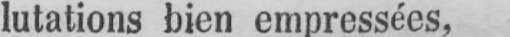
lutations bien empressées,